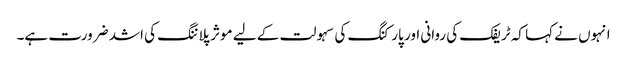
انہوں نے کہا کہ ٹریفک کی روانی اور پارکنگ کی سہولت کے لیے موثر پلاننگ کی اشد ضرورت ہے۔